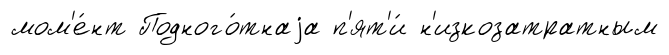
мом'е́нт Подного́тнаjа п'ят'и́ н'изкозатратным